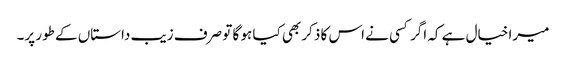
میرا خیال ہے کہ اگر کسی نے اس کا ذکر بھی کیا ہو گا تو صرف زیب داستاں کے طور پر۔